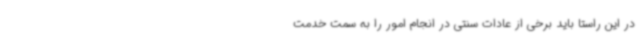
در این راستا باید برخی از عادات سنتی در انجام امور را به سمت خدمت